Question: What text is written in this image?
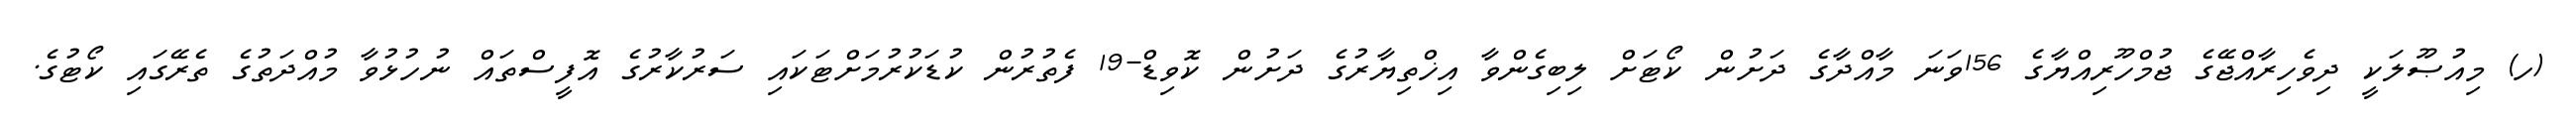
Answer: (ހ) މިއުޞޫލަކީ ދިވެހިރާއްޖޭގެ ޖުމްހޫރިއްޔާގެ 156ވަނަ މާއްދާގެ ދަށުން ކޯޓަށް ލިބިގެންވާ އިޚްތިޔާރުގެ ދަށުން ކޮވިޑް-19 ފެތުރުން ކުޑަކުރުމަށްޓަކައި ސަރުކާރުގެ އޮފީސްތައް ނުހުޅުވާ މުއްދަތުގެ ތެރޭގައި ކޯޓުގެ.